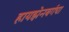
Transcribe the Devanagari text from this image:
हायझेनबर्गचा